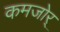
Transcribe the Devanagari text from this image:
कमजोर्